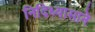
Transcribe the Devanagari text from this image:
निदिध्यासाने